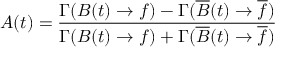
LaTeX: { \cal A } ( t ) = \frac { \Gamma ( B ( t ) \to f ) - \Gamma ( \overline { { B } } ( t ) \to \overline { { { f } } } ) } { \Gamma ( B ( t ) \to f ) + \Gamma ( \overline { { B } } ( t ) \to \overline { { { f } } } ) }